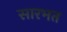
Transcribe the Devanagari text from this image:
सारभत